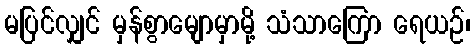
မပြင်လျှင် မှန်စွာမျောမှာမို့ သံသာကြော ရေယဉ်၊